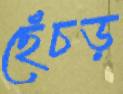
ছেঁচড়